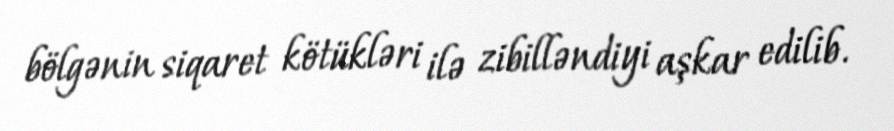
bölgənin siqaret kötükləri ilə zibilləndiyi aşkar edilib.